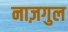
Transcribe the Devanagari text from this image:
नाज़गुल